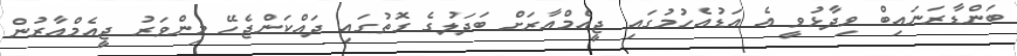
ބަންޑާރަނައިބް ވިދާޅުވީ އެ އަޑުއެހުމުގައި ޖީއެމްއާރަށް ބަދަލުގެ ގޮތުގައި ދައްކަންޖެހޭ މިންވަރު ޖީއެމްއާރުން